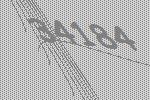
34184